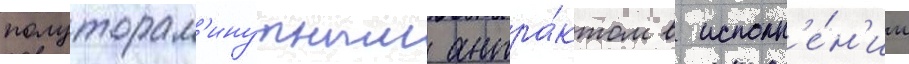
полуторам'инутным антра́ктом в исполн'е́н'ии